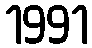
1991